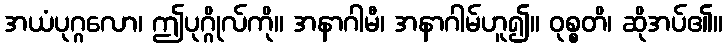
အယံပုဂ္ဂလော၊ ဤပုဂ္ဂိုလ်ကို။ အနာဂါမီ၊ အနာဂါမ်ဟူ၍။ ဝုစ္စတိ၊ ဆိုအပ်၏။